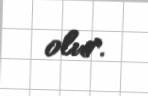
olur.